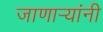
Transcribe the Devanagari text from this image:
जाणार्‍यांनी